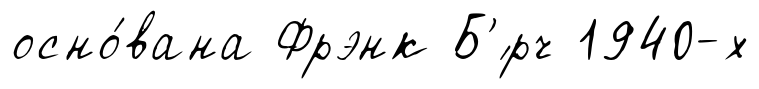
осно́вана Фрэнк Б'́рч 1940-х